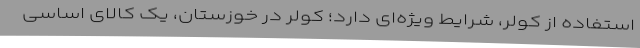
استفاده از کولر، شرایط ویژه‌ای دارد؛ کولر در خوزستان، یک کالای اساسی